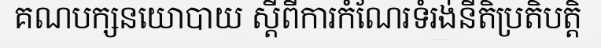
គណបក្សនយោបាយ ស្តីពីការកំណែរទំរង់នីតិប្រតិបត្តិ